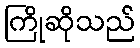
ကြိုဆိုသည်